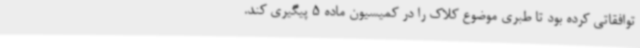
توافقاتی کرده بود تا طبری موضوع کلاک را در کمیسیون ماده 5 پیگیری کند.